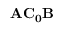
\mathbf { A C _ { 0 } B }